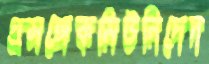
প্রসঙ্গেকমিউনিদেদ